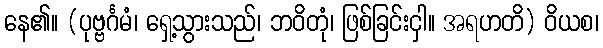
နေ၏။ (ပုဗ္ဗင်္ဂမံ၊ ရှေ့သွားသည်၊ ဘဝိတုံ၊ ဖြစ်ခြင်းငှါ။ အရဟတိ) ဝိယစ၊